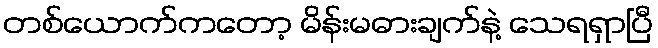
တစ်ယောက်ကတော့ မိန်းမဓားချက်နဲ့ သေရရှာပြီ